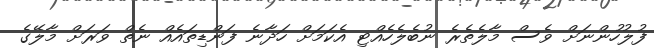
ފުލުހުންނަށް ވެސް މާލެތެރެ ނުބެލެހެއްޓި އެކަމަށް ހަދާނެ ފަންޑިތައެއް ނެތް ވަރަށް މާލޭގެ